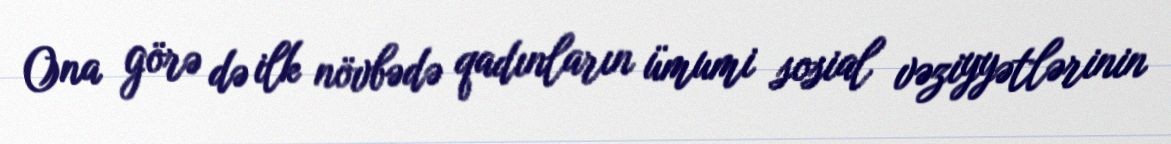
Ona görə də ilk növbədə qadınların ümumi sosial vəziyyətlərinin